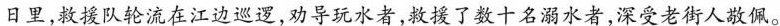
日里，救援队轮流在江边巡逻，劝导玩水者，救援了数十名溺水者，深受老街人敬佩。